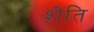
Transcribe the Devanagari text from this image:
शेति